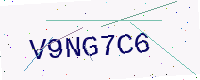
Text: V9NG7C6